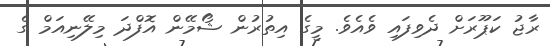
ރާޖު ކަޕޫރަށް ދެވިފައި ވެއެވެ. މީގެ އިތުރުން ޝޯމޭން އޮފްދަ މިލޭނިއަމް ގެ